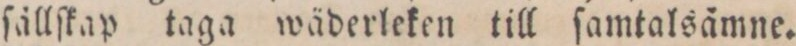
ſållſkap taga wäderleken till ſamtalsåmne.